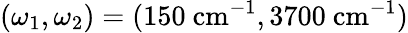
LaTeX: (\omega_{1},\omega_{2})=(150~\mathrm{cm}^{-1},3700~\mathrm{cm}^{-1})